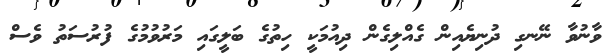
ވާނުވާ ނޭނގި ދުނިޔެއިން ގެއްލިގެން ދިއުމަކީ ހިތުގެ ބަލީގައި މަރުވުމުގެ ފުރުސަތު ވެސް